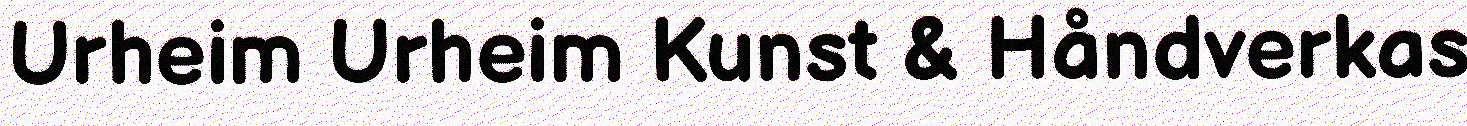
Urheim Urheim Kunst & Håndverkas